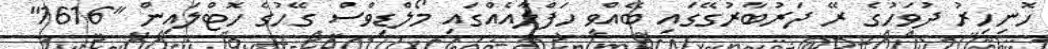
ހޮނިހިރު ދުވަހުގެ ރޭ ދަރުބާރުގޭގައި ބޭއްވި ހަފްލާއެއްގައި މޯލްޑިވްސް ގޭހުގެ ހޮޓްލައިން "1616"